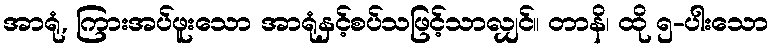
အာရုံ, ကြားအပ်ဖူးသော အာရုံနှင့်စပ်သဖြင့်သာလျှင်။ တာနိ၊ ထို ၅-ပါးသော